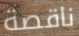
ناقصة